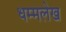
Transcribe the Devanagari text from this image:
धम्मलेख